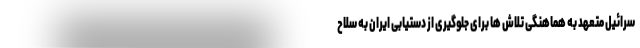
سرائیل متعهد به هماهنگی تلاش ها برای جلوگیری از دستیابی ایران به سلاح